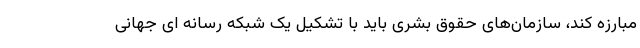
مبارزه کند، سازمان‌های حقوق بشری باید با تشکیل یک شبکه رسانه ای جهانی